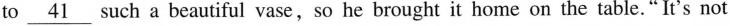
to \underline{41} such a beautiful vase,so he brought it home on the table."It's not